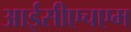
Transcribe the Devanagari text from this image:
आईसीएचएम